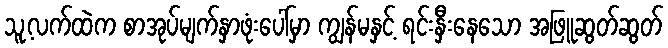
သူ့လက်ထဲက စာအုပ်မျက်နှာဖုံးပေါ်မှာ ကျွန်မနှင့် ရင်းနှီးနေသော အဖြူဆွတ်ဆွတ်